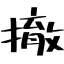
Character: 撤